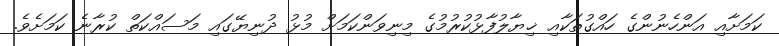
ކަމަށާއި އަންހެނުންގެ ހައްގުތަކާއި ޚިޔާލުފާޅުކުރުމުގެ މިނިވަންކަމަށް މުޅު ދުނިޔޭގައި މަސައްކަތް ކުރާނެ ކަމަށެވެ.